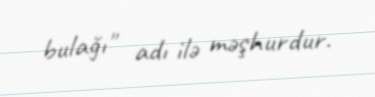
bulağı" adı ilə məşhurdur.